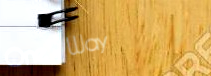
One Way